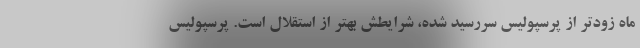
ماه زودتر از پرسپولیس سررسید شده، شرایطش بهتر از استقلال است. پرسپولیس